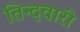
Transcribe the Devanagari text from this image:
तिन्‍दवारी